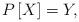
LaTeX: \begin{align*}P\left[X\right]=Y,\end{align*}